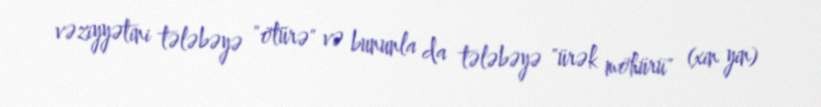
vəziyyətini tələbəyə "ötürə" və bununla da tələbəyə "ürək möhürü" (xin yin)